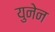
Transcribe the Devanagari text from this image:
युनेन